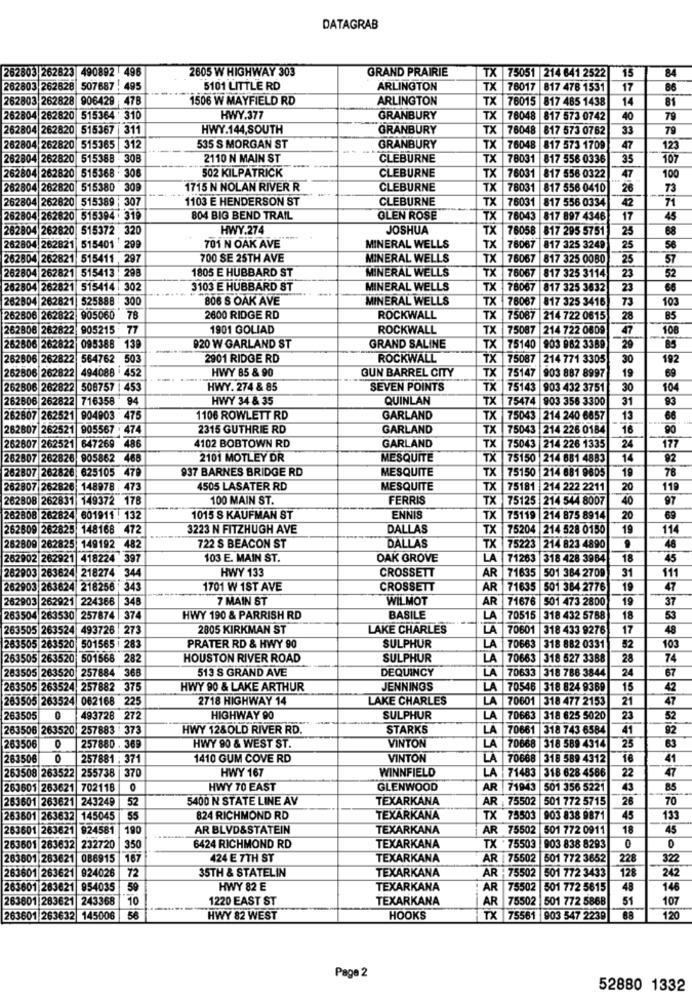
DATAGRAB
262803 262823 490892 496
2605 W HIGHWAY 303
GRAND PRAIRIE
TX 75051 214 641 2522
15
84
262803 262628 507687 . 495
5101 LITTLE RD
ARLINGTON
TX
76017 817 478 1531
17
86
262803 262828 906429 47B
1506 W MAYFIELD RD
ARLINGTON
TX
76015 817 485 1438
14
81
262804 262820 515364 310
HWY.377
GRANBURY
TX
76048 817 573 0742
40
79
262804
262820 515367 |311
HWY.144,SOUTH
GRANBURY
TX
76048
817 573 0762
33
79
262804 262820 515365 312
535 S MORGAN ST
GRANBURY
TX
76048
817 573 1709
47
123
262804 262820 515388 308
2110 N MAIN ST
CLEBURNE
TX 78031 817 556 0336
35
107
502 KILPATRICK
CLEBURNE
262804 262820 515368 . 306
TX 76031 817 556 0322
47
100
2804 262820 515380 309
1715 N NOLAN RIVER R
CLEBURNE
TX 78031 817 556 0410
26
73
262804 262820 515389 | 307
1103 E HENDERSON ST
CLEBURNE
TX 76031 817 556 0334
42
71
262804 262820 515394 : 319
804 BIG BEND TRAIL
OLEN ROSE
TX 76043 817 897 4346
17
45
282
04 262820
515372 320
HWY.274
JOSHUA
TX
76058 817 295 5751
25
68
262804 262821
515401 299
701 N OAK AVE
MINERAL WELLS
TX
76067
817 325 3249
25
262804 262821 515411 , 297
700 SE 25TH AVE
MINERAL WELLS
TX 76067
817 325 0080
25
57
262804 262821 515413 : 298
1805 E HUBBARD ST
MINERAL WELLS
TX 76067
817 325 3114
23
52
262804 262821 515414 302
3103 E HUBBARD ST
MINERAL WELLS
TX 76067 817 325 3632
23
66
262804 262821 525888 :300
806 S OAK AVE
MINERAL WELLS
TX 76067 817 325 3416
73
103
262806 262822
905060
78
2600 RIDGE RD
ROCKWALL
TX
75087 214 722 0615
28
85
262806 262822 905215 77
1901 GOLIAD
ROCKWALL
TX
75087 214 722 0609
47
108
920 W GARLAND ST
-
85
262506 262822 095388 139
GRAND SALINE
TX 75140
903 982 3389
29
262806 262822 564762 503
2901 RIDGE RD
ROCKWALL
TX
75087
214 771 3305
30
192
262806 262822
494088 452
HWY 85 & 90
GUN BARREL CITY
TX
75147
19
69
903 887 8997
262806 262822
508757 | 453
HWY. 274 & 85
SEVEN POINTS
TX
75143 903 432 3751
30
104
262606 262822 716358 94
HWY 34 & 35
QUINLAN
TX
75474 903 356 3300
31
262807 262521 904903 475
1106 ROWLETT RD
GARLAND
TX 75043 214 240 6657
13
68
262807 262521
905567
474
2315 GUTHRIE RD
GARLAND
TX
75043 214 226 0184
16
90
486
4102 BOBTOWN RD
GARLAND
TX
24
262807 262521
647269
75043 |214 226 1335
262807 262826
905862
466
2101 MOTLEY DR
MESQUITE
TX
75150 214 681 4883
14
92
2807 26282
625105
47
937 BARNES BRIDGE RD
MESQUITE
TX
75150 214 681 9805
19
78
262807 262826
148978 : 473
4505 LASATER RD
MESQUITE
TX
75181 214 222 2211
20
110
262808 262831 149372 178
100 MAIN ST.
FERRIS
TX
75125 214 544 8007
40
97
20
262808 26282
601911 : 132
1015 S KAUFMAN ST
ENNIS
TX
75119 214 875 8914
69
262809 26282
148168
472
3223 N FITZHUGH AVE
DALLAS
TX
75204 |214 528 0150
19
114
149192
722 S BEACON ST
DALLAS
TX
9
48
62809 262825
482
75223 214 823 4890
62902 262921
418224 397
103 E. MAIN ST.
OAK GROVE
LA
71263 318 428 3964
18
45
262903 263624
218274 344
HWY 133
CROSSETT
AR 71635
31
111
501 384 2709
2903 263624
218256 343
1701 W 1ST AVE
CROSSETT
AR
71635 501 384 2776
19
47
62903 262921 224366
346
7 MAIN ST
WILMOT
AR
71676 501 473 2800
19
37
BASILE
263504 263530
257874 |37
HWY 190 & PARRISH RD
LA
70515
318 432 5768
18
53
263505 263524 493726 | 273
2805 KIRKMAN ST
LAKE CHARLES
LA
70601 318 433 9276
17
48
PRATER RD & HWY 90
SULPHUR
LA
70663
52
103
83505 263520 501565 | 283
318 882 0331
263505 263520 501568 282
HOUSTON RIVER ROAD
SULPHUR
LA
70663
318 527 3388
28
74
263505 263520 257884 368
513 S GRAND AVE
DEQUINCY
LA
70633 318 788 3844
24
67
263505 263524 257882 375
HWY 90 & LAKE ARTHUR
JENNINGS
LA
70546 318 824 9369
15
42
263505 263524 062168 225
2718 HIGHWAY 14
LAKE CHARLES
LA
70601 318 477 2153
21
47
263505
0
193728 272
HIGHWAY 90
SULPHUR
LA
70663 318 625 5020
23
52
263506 263520 257883 373
HWY 12&OLD RIVER RD.
STARKS
LA
70661 318 743 6584
41
92
HWY 90 & WEST ST.
VINTON
LA
25
63
263506
257880 . 369
70668
318 589 4314
263506
257881 : 371
1410 GUM COVE RD
VINTON
LA
70668
318 589 4312
16
41
263508 263522 255738 370
HWY 167
WINNFIELD
LA
71483 318 628 4566
22
47
263601 263621
702118
0
HWY TO EAST
GLENWOOD
AR 71943
501 356 5221
43
85
263601 263621 243249
52
5400 N STATE LINE AV
TEXARKANA
AR : 75502
501 772 5715
26
70
263601 263632
145045
55
824 RICHMOND RD
TEXARKANA
TX 75503
903 838 9871
45
133
263601 263621
924581
190
AR BLVD&STATEIN
TEXARKANA
AR 75502
501 772 0911
18
45
TX 75503
263601 263632 232720
350
6424 RICHMOND RD
TEXARKANA
903 838 8293
0
263601 263621 086915
167
424 E 7TH ST
TEXARKANA
AR | 75502
501 772 3652
228
322
924026
72
35TH & STATELIN
TEXARKANA
AR 75502
501 772 3433
128
242
263601 263621
263601 263621 954035
59
HWY 82 E
TEXARKANA
AR
75502
501 772 5615
48
146
283601 283621
243368
10
1220 EAST ST
TEXARKANA
AR
75502 501 772 5868
51
107
263601 263632 145006
56
HWY 82 WEST
HOOKS
TX 75561 903 547 2239
6,8
120
Page 2
52880 1332